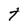
Character: t